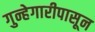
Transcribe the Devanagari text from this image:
गुन्हेगारीपासून